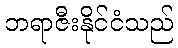
ဘရာဇီးနိုင်ငံသည်